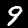
Label: 9